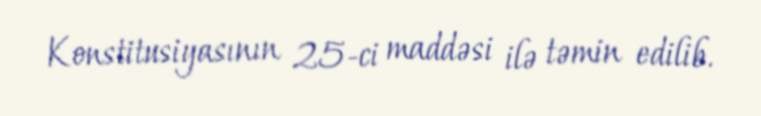
Konstitusiyasının 25-ci maddəsi ilə təmin edilib.